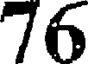
76